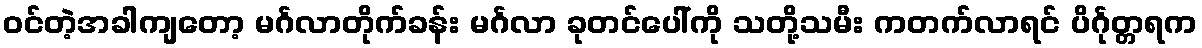
ဝင်တဲ့အခါကျတော့ မင်္ဂလာတိုက်ခန်း မင်္ဂလာ ခုတင်ပေါ်ကို သတို့သမီး ကတက်လာရင် ပိင်္ဂုတ္တရက